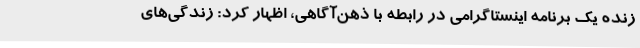
زنده یک برنامه اینستاگرامی در رابطه با ذهن‌آگاهی، اظهار کرد: زندگی‌های